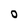
Character: O